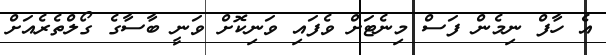
އެ ހާފް ނިމެން ފަސް މިނެޓަށް ވެފައި ވަނިކޮށް ވަނީ ބާސާގެ ގޯލްތެރެއަށް